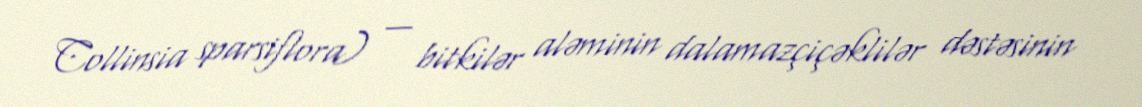
Collinsia sparsiflora) — bitkilər aləminin dalamazçiçəklilər dəstəsinin